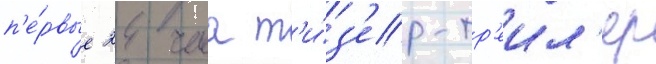
п'е́рвые 24 часа т'и́з'ер-тр'еил'ер